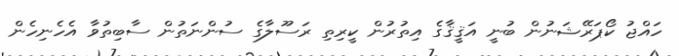
ހައްޖު ކޯޕަރޭޝަނުން ބުނީ އަޤީޤާގެ އިތުރުން ކީރިތި ރަސޫލާގެ ސުންނަތުން ސާބިތުވާ އެހެނިހެން